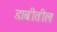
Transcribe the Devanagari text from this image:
डाबीतील